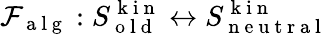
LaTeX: \mathcal{F}_{\mathrm{~a~l~g~}}:S_{\mathrm{~o~l~d~}}^{\mathrm{~k~i~n~}}\leftrightarrow S_{\mathrm{~n~e~u~t~r~a~l~}}^{\mathrm{~k~i~n~}}